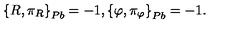
\left\{ R , \pi _ { R } \right\} _ { P b } = - 1 , \left\{ \varphi , \pi _ { \varphi } \right\} _ { P b } = - 1 .